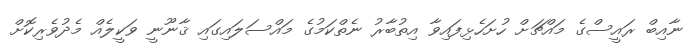
ނާއިބް ރައީސްގެ މައްޗަށް ހުށަހެޅިފައިވާ އިތުބާރު ނެތްކަމުގެ މައްސަލައިގައި ޤާނޫނީ ވަކީލެއް މެދުވެރިކޮށް